Sketch of the medical history of the native army of Bombay, for the year
Year: 1870
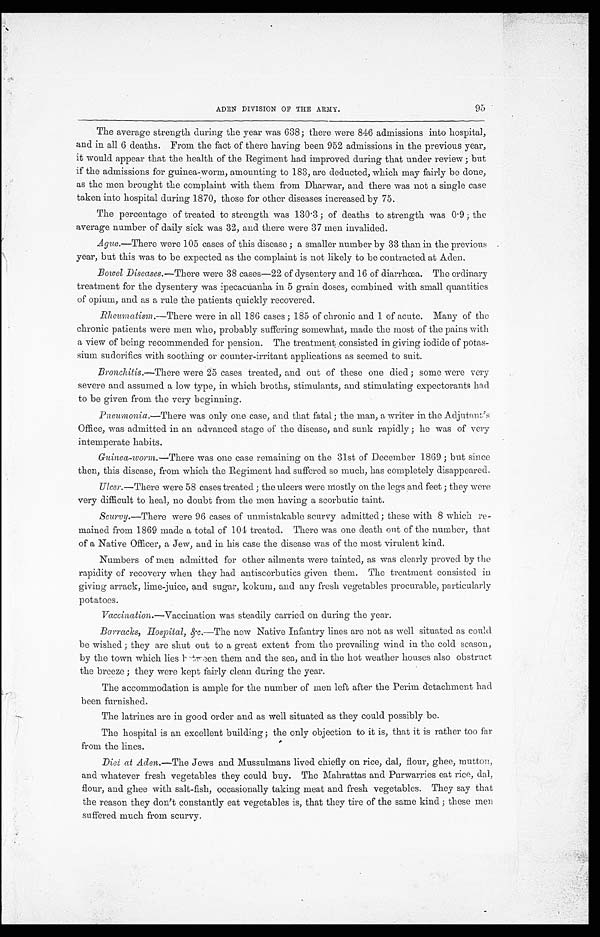
95
ADEN DIVISION OF THE ARMY.
The average strength during the year was 638 ; there were 846 admissions into hospital,
and in all 6 deaths. From the fact of there having been 952 admissions in the previous year,
it would appear that the health of the Regiment had improved during that under review ; but
if the admissions for guinea-worm, amounting to 183, are deducted, which may fairly be done,
as the men brought the complaint with them from Dharwar, and there was not a single case
taken into hospital during 1870, those for other diseases increased by 75.
The percentage of treated to strength was 130.3 ; of deaths to strength was 0.9 ; the
average number of daily sick was 32, and there were 37 men invalided.
Ague .—There were 105 cases of this disease ; a smaller number by 33 than in the previous
year, but this was to be expected as the complaint is not likely to be contracted at Aden.
Bowel Diseases.— There were 38 cases-22 of dysentery and 16 of diarrhœa. The ordinary
treatment for the dysentery was ipecacuanha in 5 grain doses, combined with small quantities
of opium, and as a rule the patients quickly recovered.
Rheumatism.—There were in all 186 cases ; 185 of chronic and 1 of acute. Many of the
chronic patients were men who, probably suffering somewhat, made the most of the pains with
a view of being recommended for pension. The treatment consisted in giving iodide of potas
-sium sudorifics with soothing or counter-irritant applications as seemed to suit.
Bronchitis.—There were 25 cases treated, and out of these one died ; some were very
severe and assumed a low type, in which broths, stimulants, and stimulating expectorants had
to be given from the very beginning.
Pneumonia .—There was only one case, and that fatal ; the man, a writer in the Adjutant's
Office, was admitted in an advanced stage of the disease, and sunk rapidly ; he was of very
intemperate habits.
Guinea-worm.—There was one case remaining on the 31st of December 1869 ; but since
then, this disease, from which the Regiment had suffered so much, has completely disappeared.
Ulcer .—There were 58 cases treated ; the ulcers were mostly on the legs and feet ; they were
very difficult to heal, no doubt from the men having a scorbutic taint.
Scurvy.—There were 96 cases of unmistakable scurvy admitted ; these with 8 which re-
mained from 1869 made a total of 104 treated. There was one death out of the number, that
of a Native Officer, a Jew, and in his case the disease was of the most virulent kind.
Numbers of men admitted for other ailments were tainted, as was clearly proved by the
rapidity of recovery when they had antiscorbutics given them. The treatment consisted in
giving arrack, lime-juice, and sugar, kokum, and any fresh vegetables procurable, particularly
potatoes.
Vaccination .—Vaccination was steadily carried on during the year.
Barracks, Hospital, &c .—The new Native Infantry lines are not as well situated as could
be wished ; they are shut out to a great extent from the prevailing wind in the cold season,
by the town which lies between them and the sea, and in the hot weather houses also obstruct
the breeze ; they were kept fairly clean during the year.
The accommodation is ample for the number of men left after the Perim detachment had
been furnished.
The latrines are in good order and as well situated as they could possibly be.
The hospital is an excellent building ; the only objection to it is, that it is rather too far
from the lines.
Diet at Aden .—The Jews and Mussulmans lived chiefly on rice, dal, flour, ghee, mutton,
and whatever fresh vegetables they could buy. The Mahrattas and Purwarries eat rice, dal,
flour, and ghee with salt-fish, occasionally taking meat and fresh vegetables. They say that
the reason they don't constantly eat vegetables is, that they tire of the same kind ; these men
suffered much from scurvy.